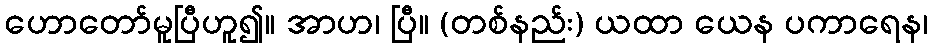
ဟောတော်မူပြီဟူ၍။ အာဟ၊ ပြီ။ (တစ်နည်း) ယထာ ယေန ပကာရေန၊